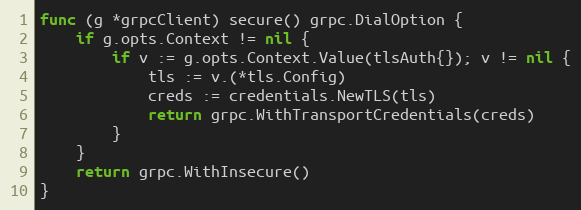
Language: Go
func (g *grpcClient) secure() grpc.DialOption {
	if g.opts.Context != nil {
		if v := g.opts.Context.Value(tlsAuth{}); v != nil {
			tls := v.(*tls.Config)
			creds := credentials.NewTLS(tls)
			return grpc.WithTransportCredentials(creds)
		}
	}
	return grpc.WithInsecure()
}